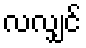
လလျှင်